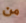
من